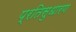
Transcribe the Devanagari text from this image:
प्रतिसुधारण